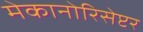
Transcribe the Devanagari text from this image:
मेकानोरिसेप्टर